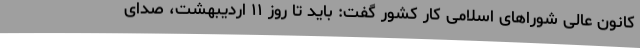
کانون عالی شوراهای اسلامی کار کشور گفت: باید تا روز ۱۱ اردیبهشت، صدای